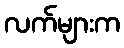
လက်များက